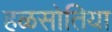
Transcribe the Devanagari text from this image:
हळसोतिया